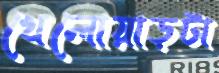
খেলোয়াড়টা